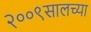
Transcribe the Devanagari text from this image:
२००९सालच्या